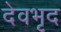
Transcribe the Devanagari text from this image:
देवभृद